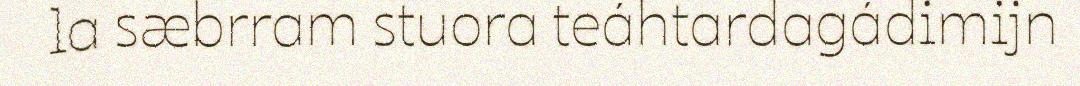
la sæbrram stuora teáhtardagádimijn